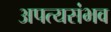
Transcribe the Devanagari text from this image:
अपत्यसंभव